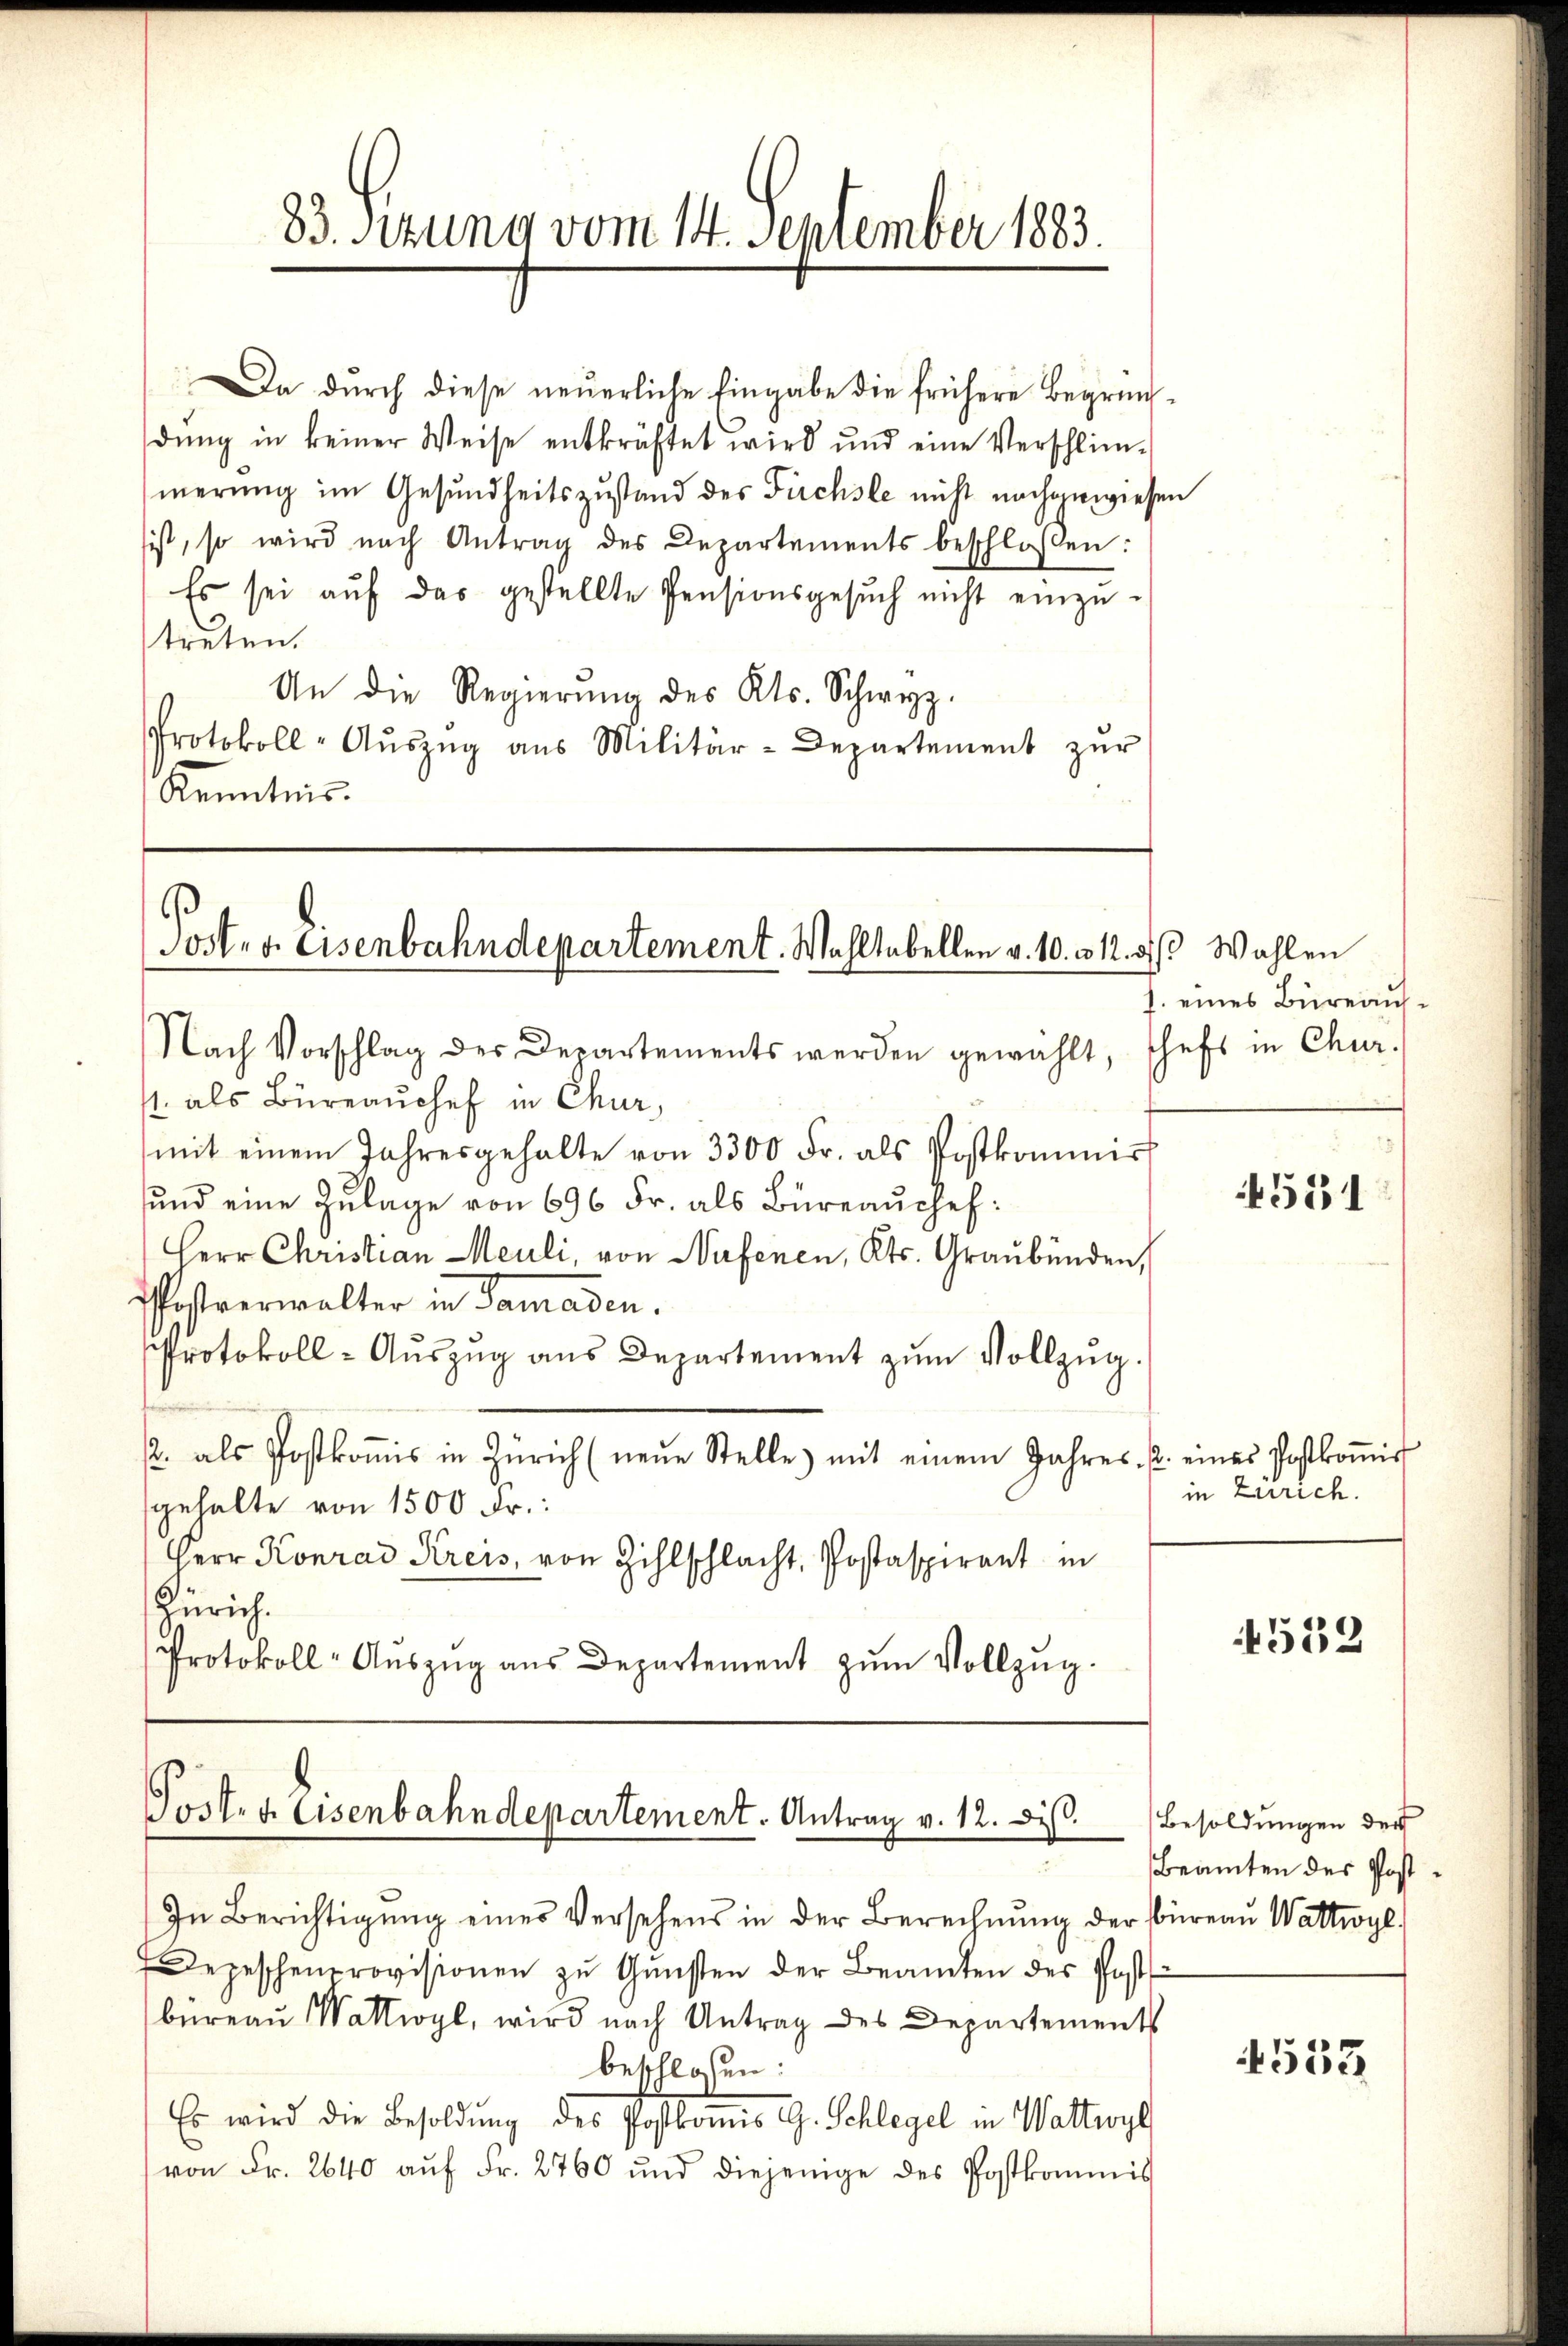
Da durch diese neuerliche Eingabe die frühere Begründung in keiner Weise entkräftet wird und eine Verschlim-
merung im Gesundheitszustand des Fuchste nicht nachgewiesen
sist, so wird nach Antrag des Departements beschloßen:
Es sei auf das gestellte Pensionsgesuch nicht einzutreten.
An die Regierŭng des Kts. Schwyz.
Protokoll-Aŭszŭg aŭs Militär-Departement zŭr
Kenntnis.

83. Sitzung vom 14. September 1883.

Post. v. Eisenbahndepartement. Wohltabellen v. 10. v. 12. ds Wahlen

Nach Vorschlag der Departements werden gewählt, schefs in Chur-
/. als Büreaŭchef in Chur,
mit einem Jahresgehalte von 3300 Fr. als Postkommis
und eine Zulage von 696 Fr. als Büreauchef:
Herr Christian Meuli, von Nufenen, Kts. Graubünden,
Pestverwalter in Samaden.
Protokoll-Aŭszŭg ans Departement zŭm Vollzŭg.
/2. als Postkoṁis in Zürich (neŭe Stelle mit einem Jahres- u. eines Postkoṁis
gehalte von 1500 Fr.:
Herr Konrad Kreis, von Zihlschlacht, Postaspirant in
Zürich.
Protokoll-Aŭszŭg aŭs Departement zŭm Vollzŭg.

Post. v. Eisenbahndepartement. Antrag v. 12. dis

In Berichtigŭng einer Versehens in der Berechnŭng der Büreaŭ Wattwyl
Depeschenprovisionen zŭ Gŭnsten der Beamten des Post
bureau Wattwyl, wird nach Antrag des Departements
beschlossen:
Es wird die Besoldung des Postbonis G. Schlegel in Wattwyl
von Fr. 2640 aŭf Fr. 2760 und diejenige des Postkommis

1. eines Büreaus¬

551

in Zürich.

532

Besoldungen der
Beamten des Post¬

4533